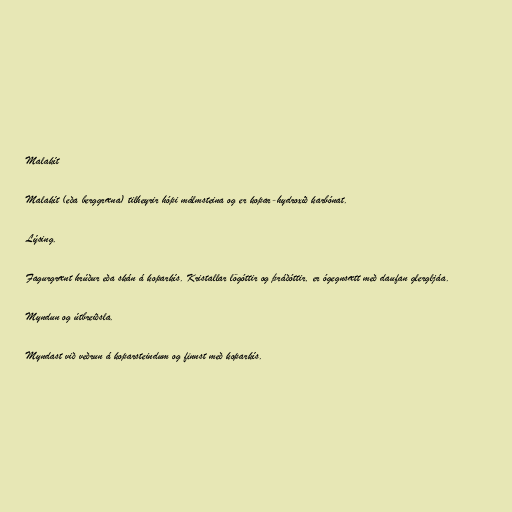
Malakít

Malakít (eða berggræna) tilheyrir hópi málmsteina og er kopar-hydroxíð karbónat.

Lýsing.

Fagurgrænt hrúður eða skán á koparkís. Kristallar lögóttir og þráðóttir, er ógegnsætt með daufan glergljáa.

Myndun og útbreiðsla.

Myndast við veðrun á koparsteindum og finnst með koparkís.